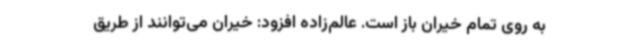
به روی تمام خیران باز است. عالم‌زاده افزود: خیران می‌توانند از طریق